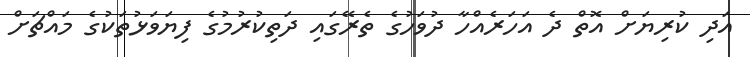
އަދި ކުރިޔަށް އޮތް ދެ އަހަރެއްހާ ދުވަހުގެ ތެރޭގައި ދަތިކުރުމުގެ ފިޔަވަޅުތަކުގެ މައްޗަށް